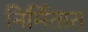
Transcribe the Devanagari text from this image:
निर्मितात